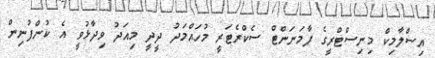
އިސްލާމިކް މިނިސްޓްރީގެ ޕާމަނަންޓް ސެކްރެޓަރީ މުހައްމަދު ދީދީ މިއަދު ވިދާޅުވީ އެ ކުންފުނިން